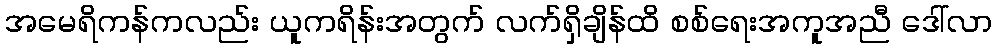
အမေရိကန်ကလည်း ယူကရိန်းအတွက် လက်ရှိချိန်ထိ စစ်ရေးအကူအညီ ဒေါ်လာ